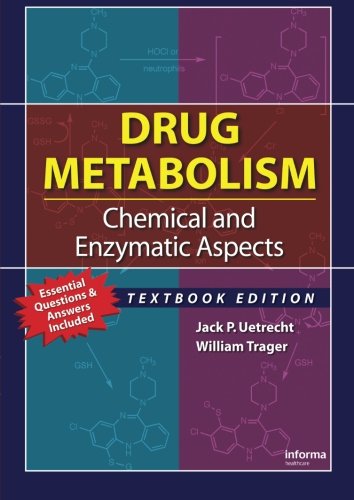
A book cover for Drug Metabolism: Chemical and Enzymatic Aspects; Jack P. Uetrecht; Medical Books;